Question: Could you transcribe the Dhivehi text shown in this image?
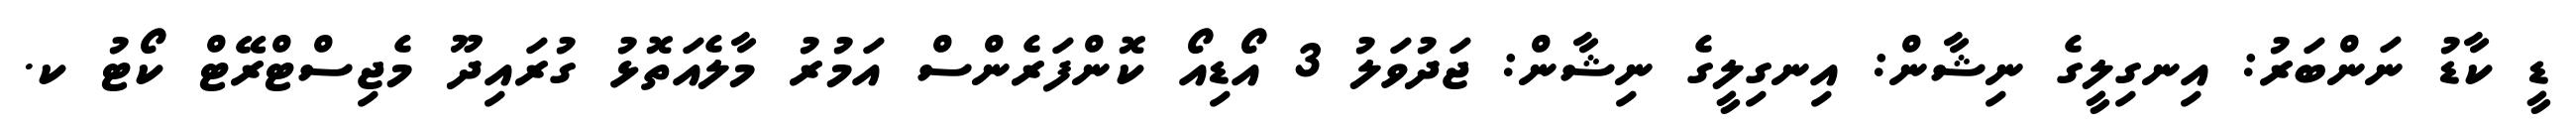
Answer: ޑީ ކާޑު ނަންބަރު: އިނގިލީގެ ނިޝާން: އިނގިލީގެ ނިޝާން: ޖަދުވަލު 3 އޯޑިއޯ ކޮންފަރެންސް އަމުރު މާލެއަތޮޅު ގުރައިދޫ މެޖިސްޓްރޭޓް ކޯޓު ކ.